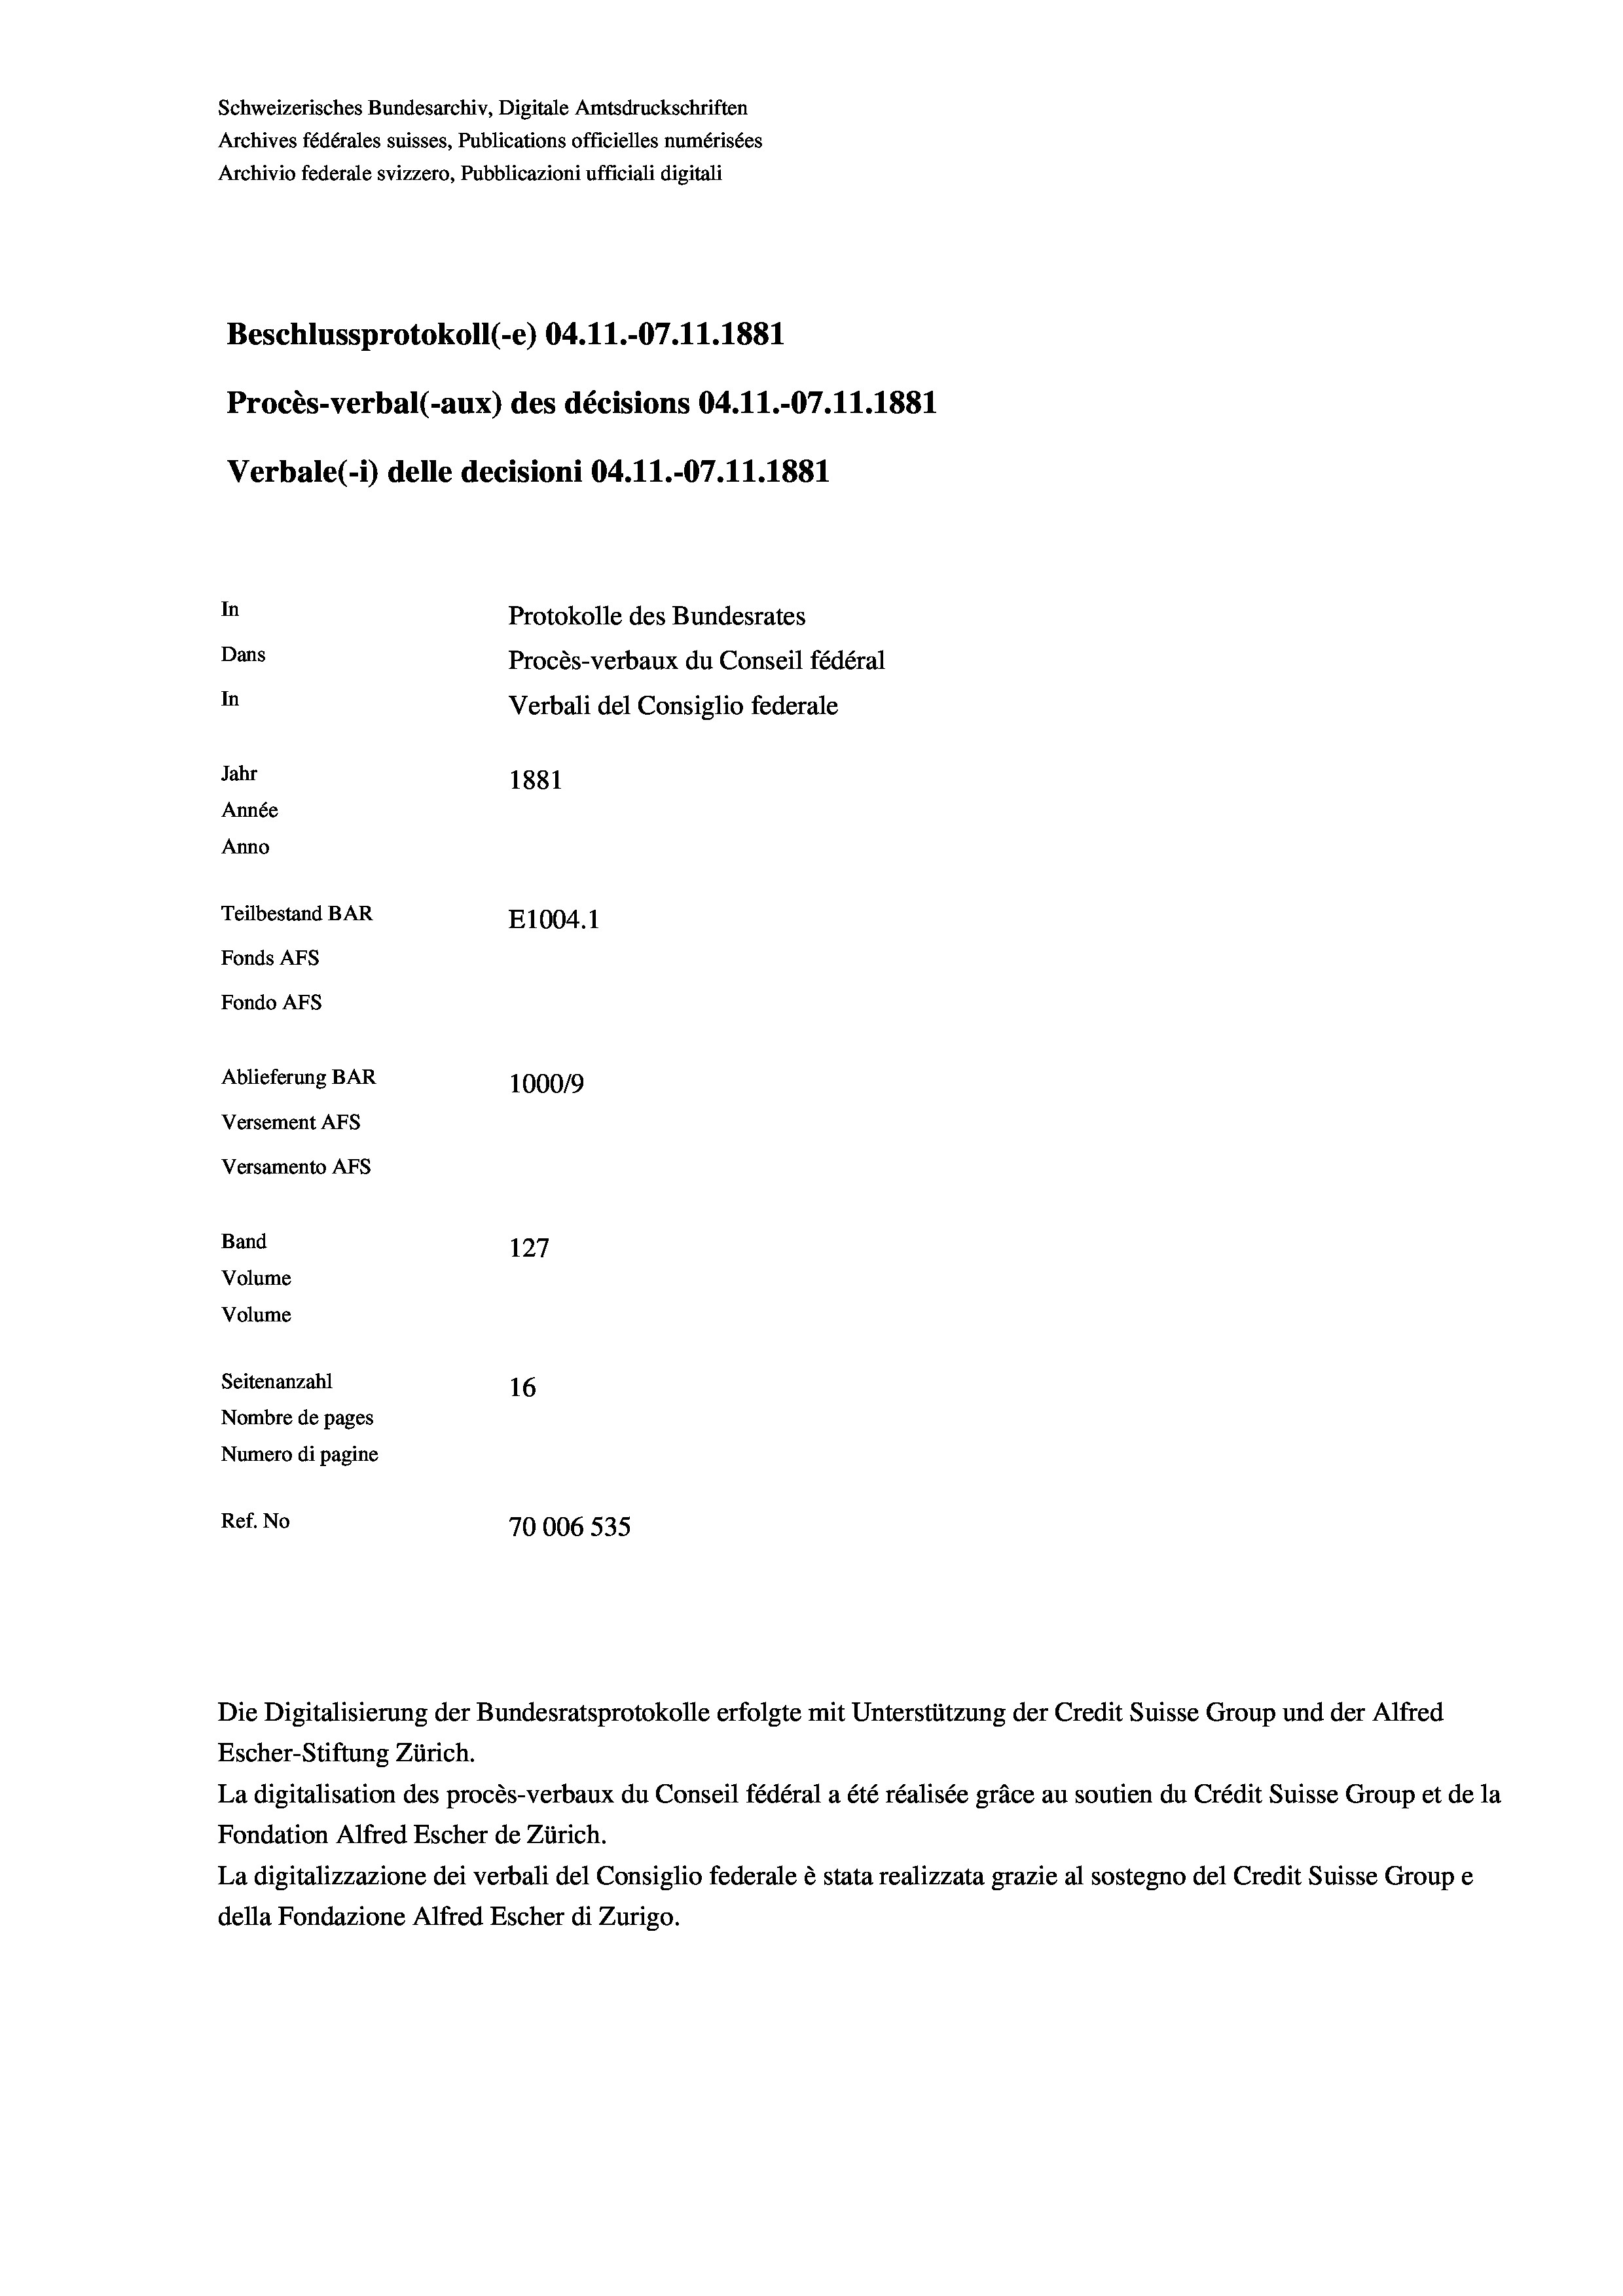
Schweizerisches Bundesarchiv, Digitale Amtsdruckschriften
Archives fédérales suisses, Publications officielles numérisées
Archivio federale svizzero, Pubblicazioni ufficiali digitali
Beschlussprotokoll (-e) 04.11.-07.11.1881
Procès-verbal (-aux) des décisions 04.11.-07.11.1881
Protokolle des Bundesrates
Dans
Procès-verbaux du Conseil fédéral
In
Verbali del Consiglio federale
Jahr
1881
Année
Anno
Teilbestand BAR
E1004. 1
Fonds AFs
Fondo Afs
Ablieferung BAR
100019
Versement AFs
Versamento AFS
Band
127
Volume
Volume
Seitenanzahl
16
Nombre de pages
Numero di pagine
Ref. No
70006 535

In

Die Digitalisierung der Bundesratsprotokolle erfolgte mit Unterstützung der Credit Suisse Group und der Alfred
Escher-Stiftung Zürich.
La digitalisation des procès-verbaux du Conseil fédéral a été réalisée gräce au soutien du Crédit Suisse Group et de la
Fondation Alfred Escher de Zürich.
La digitalizzazione dei verbali del Consiglio federale è stata realizzata grazie al sostegno del Credit Suisse Groupe
della Fondazione Alfred Escher di Zurigo.

Verbale(1) delle decisioni 04.11.-07.11.1881